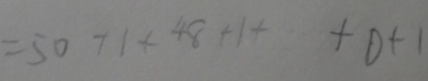
= 5 0 + 1 + 4 8 + 1 + + 0 + 1